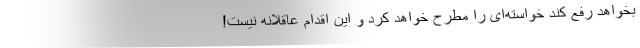
بخواهد رفع کند خواسته‌ای را مطرح خواهد ‌کرد و این اقدام عاقلانه نیست!